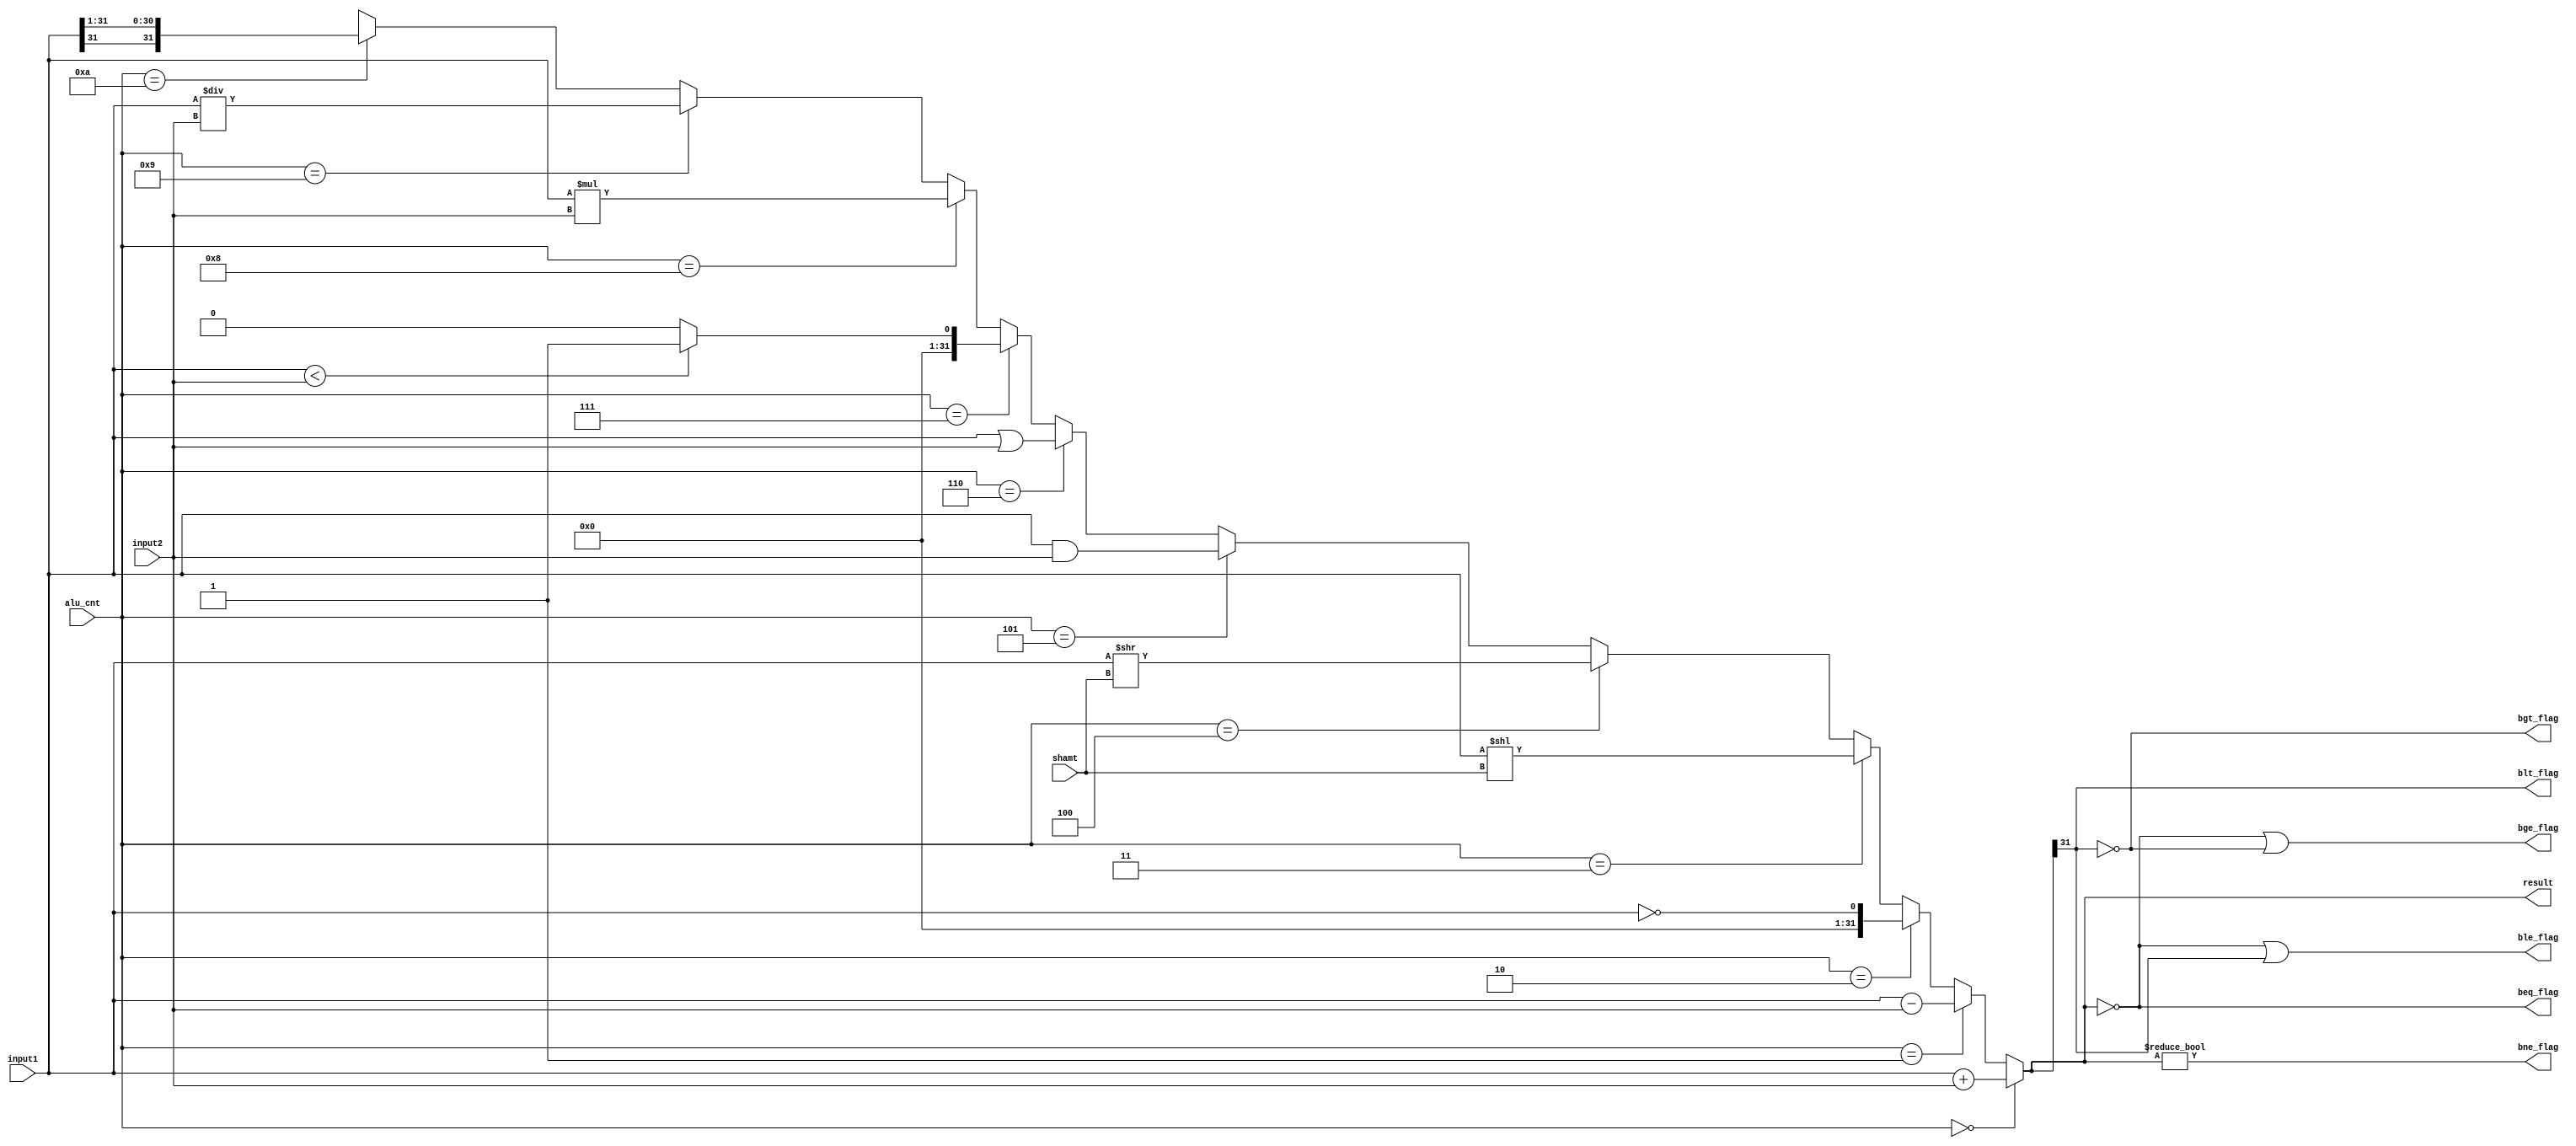
`timescale 1ns / 1ps

module alu (
   input [3:0] alu_cnt, 
	input signed [31:0] input1,
	input signed [31:0] input2,
	input [4:0] shamt,
	output reg signed [31:0] result,
	output reg beq_flag,
	output reg bgt_flag,
	output reg bge_flag,
	output reg blt_flag,
	output reg ble_flag,
	output reg bne_flag
	);
	
	integer i;
	always @(*) begin
		result =	alu_cnt == 4'b0000 	? 	  (input1 + input2)					     :   // ADD
				 	alu_cnt == 4'b0001 	? 	  (input1 - input2)       			     :   // SUB
					alu_cnt == 4'b0010 	? 	  (!input1)               			     :   // NOT
					alu_cnt == 4'b0011   ? 	  (input1 << shamt)       			     :   // SL
					alu_cnt == 4'b0100   ?    (input1 >> shamt)       			     :	// SR
					alu_cnt == 4'b0101   ?    (input1 & input2)      			     :	// AND
					alu_cnt == 4'b0110   ?    (input1 | input2)       			     :	// OR
					alu_cnt == 4'b0111   ?    (input1 < input2 ? 32'b1 : 32'b0)   :	// SLTI
					alu_cnt == 4'b1000   ?    (input1 * input2)                   :	// MUL
					alu_cnt == 4'b1001   ?    (input1 / input2)                   :	// DIV
				   alu_cnt == 4'b1010   ?    ({input1[31], input1[31:1]}):				// SRA
													   32'bX;		
	end
	
	always @(result) begin
		 beq_flag = (result == 32'b0);
		 bne_flag = (result != 32'b0);

		 bgt_flag = (result[31] != 1'b1);
		 blt_flag <= (result[31] == 1'b1);
		 
		 bge_flag <= (beq_flag | bgt_flag);
		 ble_flag <= (beq_flag | blt_flag);
		 
	end
	

endmodule